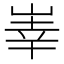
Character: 𱛱